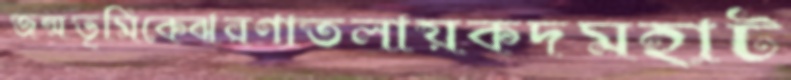
জন্মভূমিকেঝরণাতলায়কদমহাট